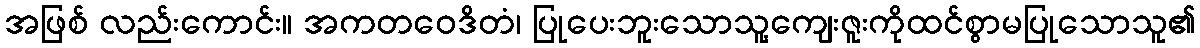
အဖြစ် လည်းကောင်း။ အကတဝေဒိတံ၊ ပြုပေးဘူးသောသူ့ကျေးဇူးကိုထင်စွာမပြုသောသူ၏